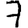
Digit: 7